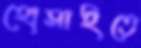
হোসাইতে